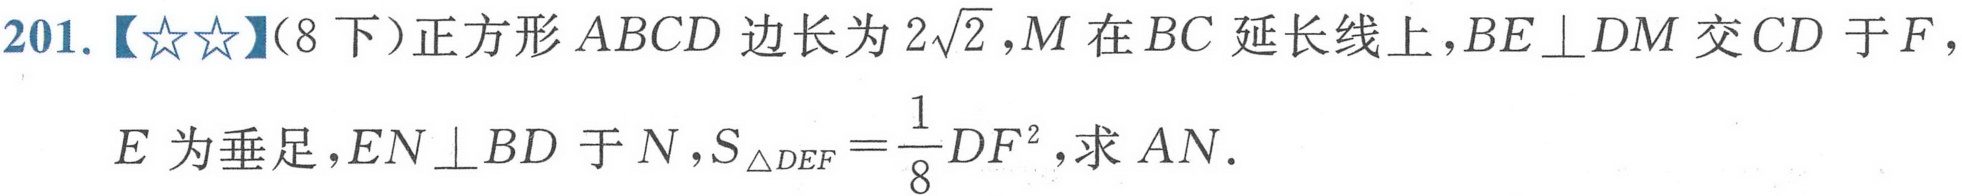
201.【☆☆】(8 下)正方形 \(ABCD\) 边长为 \(2\sqrt{2}\)，\(M\) 在 \(BC\) 延长线上，\(BE\perp DM\) 交 \(CD\) 于 \(F\)，\(E\) 为垂足，\(EN\perp BD\) 于 \(N\)，\(S_{\triangle DEF}=\frac{1}{8}DF^{2}\)，求 \(AN\)。